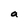
Character: a